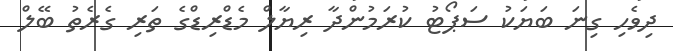
ދިވެހި ގިނަ ބަޔަކު ސަޕޯޓު ކުރަމުންދާ ރިޔާލް މެޑްރިޑްގެ ތަރި ގެރެތު ބޭލް